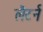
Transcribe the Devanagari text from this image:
लैटर्न